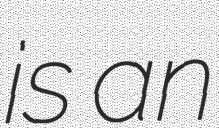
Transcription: is an